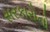
સરકારોનો